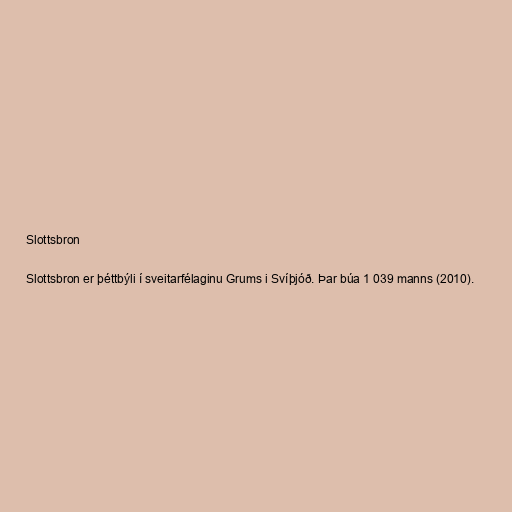
Slottsbron

Slottsbron er þéttbýli í sveitarfélaginu Grums i Svíþjóð. Þar búa 1 039 manns (2010).